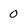
Character: 0